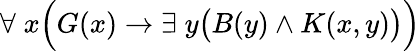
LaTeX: \forall\; x{\Big(}G(x)\rightarrow\exists\; y{\big(}B(y)\land K(x,y){\big)}{\Big)}